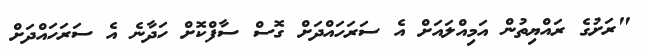
"ރަށުގެ ރައްޔިތުން އަމިއްލައަށް އެ ސަރަހައްދަށް ގޮސް ސާފްކޮށް ހަދާނެ އެ ސަރަހައްދަށް